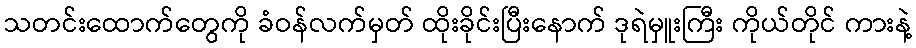
သတင်းထောက်တွေကို ခံဝန်လက်မှတ် ထိုးခိုင်းပြီးနောက် ဒုရဲမှူးကြီး ကိုယ်တိုင် ကားနဲ့